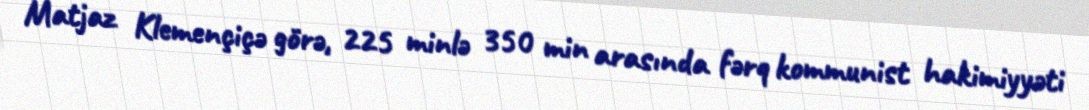
Matjaz Klemençiçə görə, 225 minlə 350 min arasında fərq kommunist hakimiyyəti